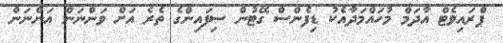
ޕްރައިވެޓް އާދަމް މުހައްމަދާއެކު ޑިފެންސް ގޭޓުން ސިފައިންގެ ތެރެ އަށް ވަންނަން އަންނަން